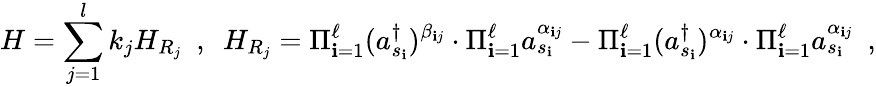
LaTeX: H=\sum_{j=1}^{l}k_{j}H_{R_{j}}~~,~~H_{R_{j}}=\Pi_{\mathbf{i}=1}^{\ell}(a_{s_{\mathbf{i}}}^{\dagger})^{\beta_{\mathbf{i}j}}\cdot\Pi_{\mathbf{i}=1}^{\ell}a_{s_{\mathbf{i}}}^{\alpha_{\mathbf{i}j}}-\Pi_{\mathbf{i}=1}^{\ell}(a_{s_{\mathbf{i}}}^{\dagger})^{\alpha_{\mathbf{i}j}}\cdot\Pi_{\mathbf{i}=1}^{\ell}a_{s_{\mathbf{i}}}^{\alpha_{\mathbf{i}j}}~~,